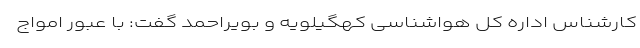
کارشناس اداره کل هواشناسی کهگیلویه و بویراحمد گفت: با عبور امواج